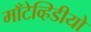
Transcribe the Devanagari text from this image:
माँटेव्हिडीयो